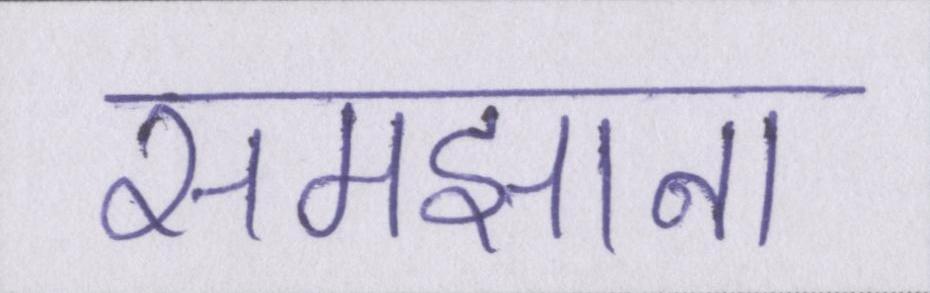
समझाना